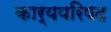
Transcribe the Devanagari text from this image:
कार्यपरिषद